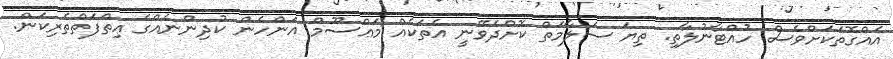
އެއްގޮތަކަށްވެސް ހުއްޓާނުލާތި. ތިޔަ ސަލާމަތް ކޮށްދެވޭނީ އެތަކެއް މަޢްސޫމް އަންހެން ކުދިންނެއްގެ ޢިތްފަތްތެރިކަން.